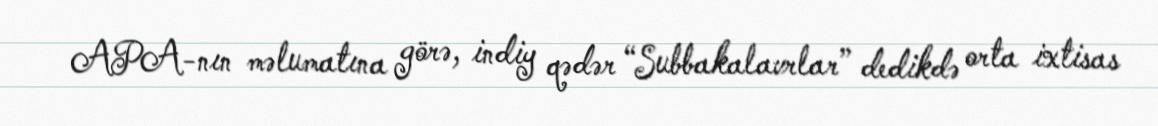
APA-nın məlumatına görə, indiy qədər “Subbakalavrlar” dedikdə orta ixtisas